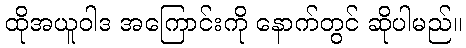
ထိုအယူဝါဒ အကြောင်းကို နောက်တွင် ဆိုပါမည်။